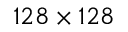
1 2 8 \times 1 2 8